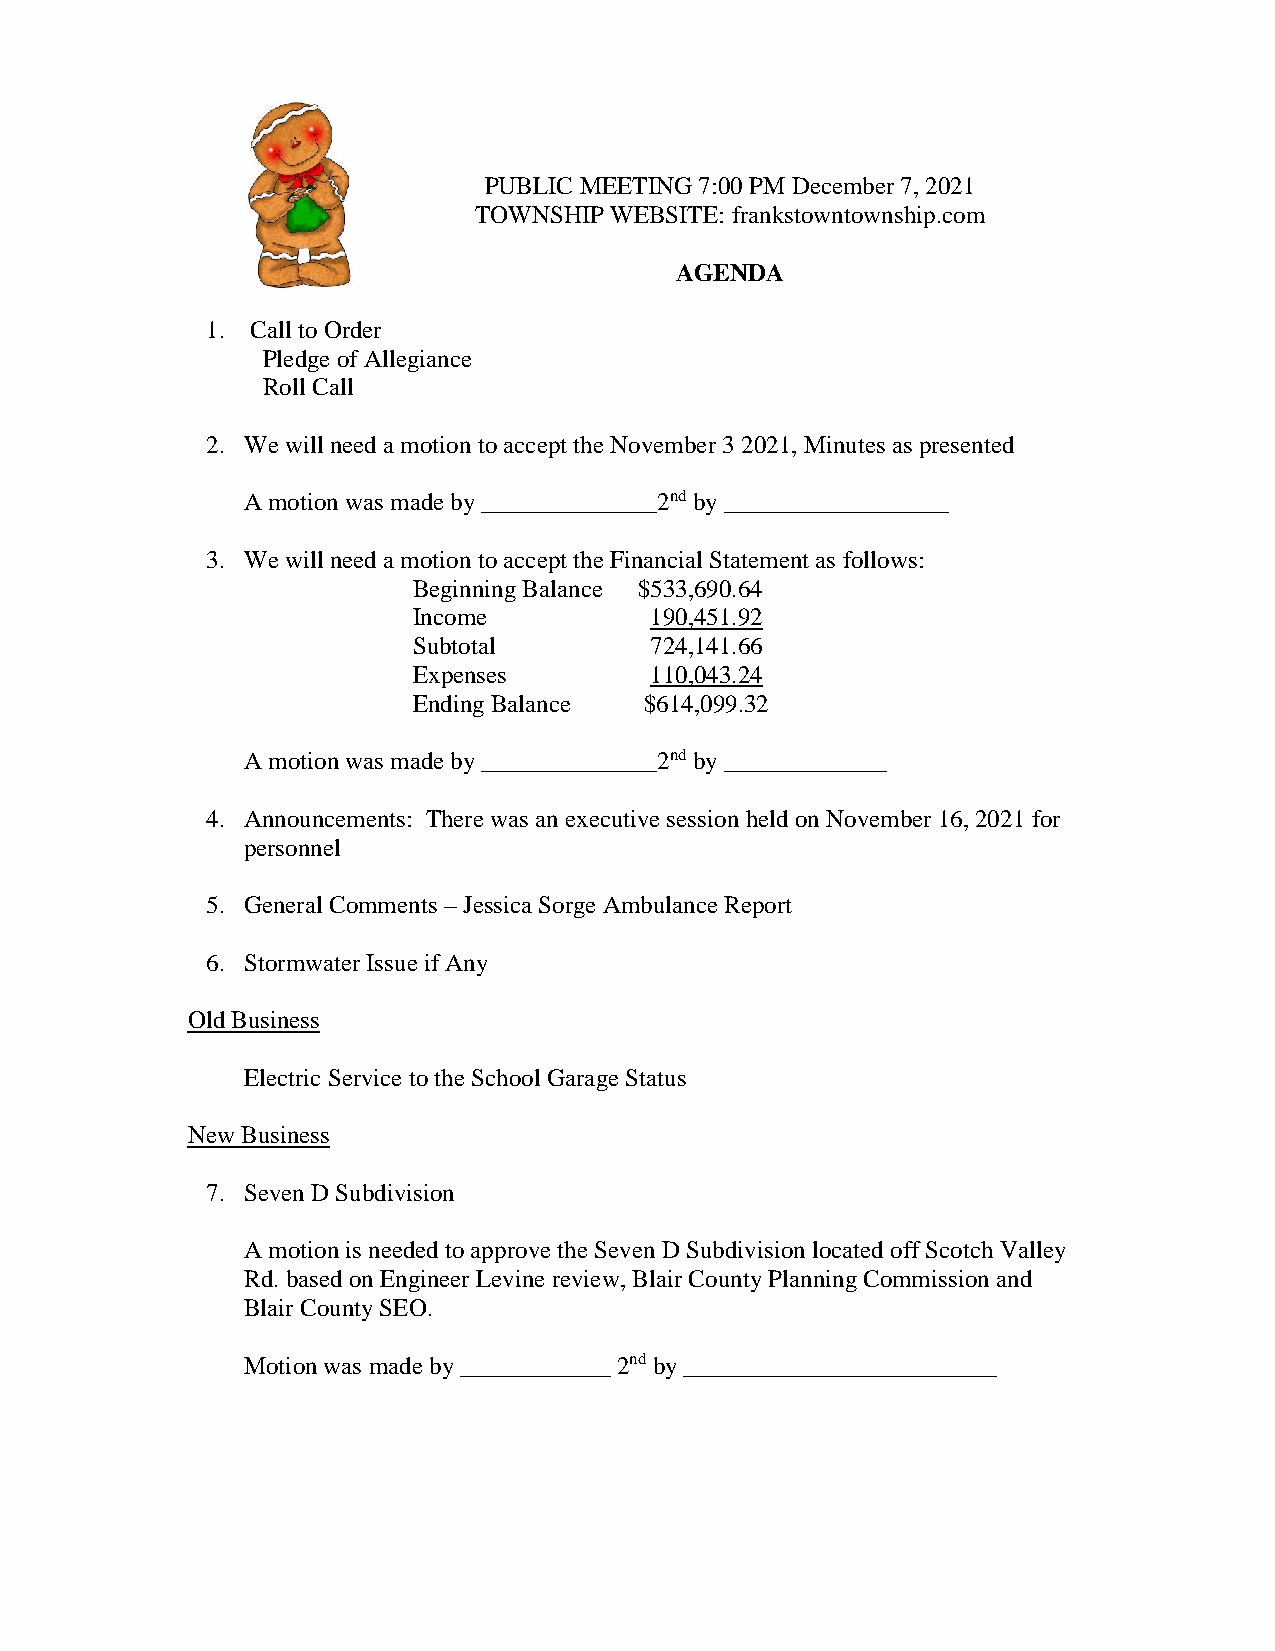
PUBLIC MEETING 7:00 PM December 7, 2021
 TOWNSHIP WEBSITE: frankstowntownship.com
 AGENDA
 1. Call to Order
 Pledge of Allegiance
 Roll Call
 2. We will need a motion to accept the November 3 2021, Minutes as presented
 A motion was made by ______________2nd by __________________
 3. We will need a motion to accept the Financial Statement as follows:
 Beginning Balance $533,690.64
 Income          190,451.92
 Subtotal        724,141.66
 Expenses        110,043.24
 Ending Balance  $614,099.32
 A motion was made by ______________2nd by _____________
 4. Announcements: There was an executive session held on November 16, 2021 for
 personnel
 5. General Comments – Jessica Sorge Ambulance Report
 6. Stormwater Issue if Any
 Old Business
 Electric Service to the School Garage Status
 New Business
 7. Seven D Subdivision
 A motion is needed to approve the Seven D Subdivision located off Scotch Valley
 Rd. based on Engineer Levine review, Blair County Planning Commission and
 Blair County SEO.
 Motion was made by ____________ 2nd by _________________________